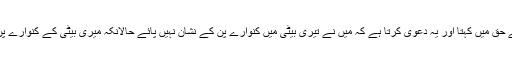
اور شرمناک باتیں اُس کے حق میں کہتا اور یہ دعویٰ کرتا ہے کہ میں نے تیری بیٹی میں کنوارے پن کے نشان نہیں پائے حالانکہ میری بیٹی کے کنوارے پن کے نشان یہ موجود ہیں۔